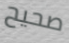
صحيح